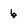
Character: 6